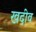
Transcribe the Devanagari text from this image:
खदीव